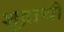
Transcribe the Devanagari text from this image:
शूद्राची